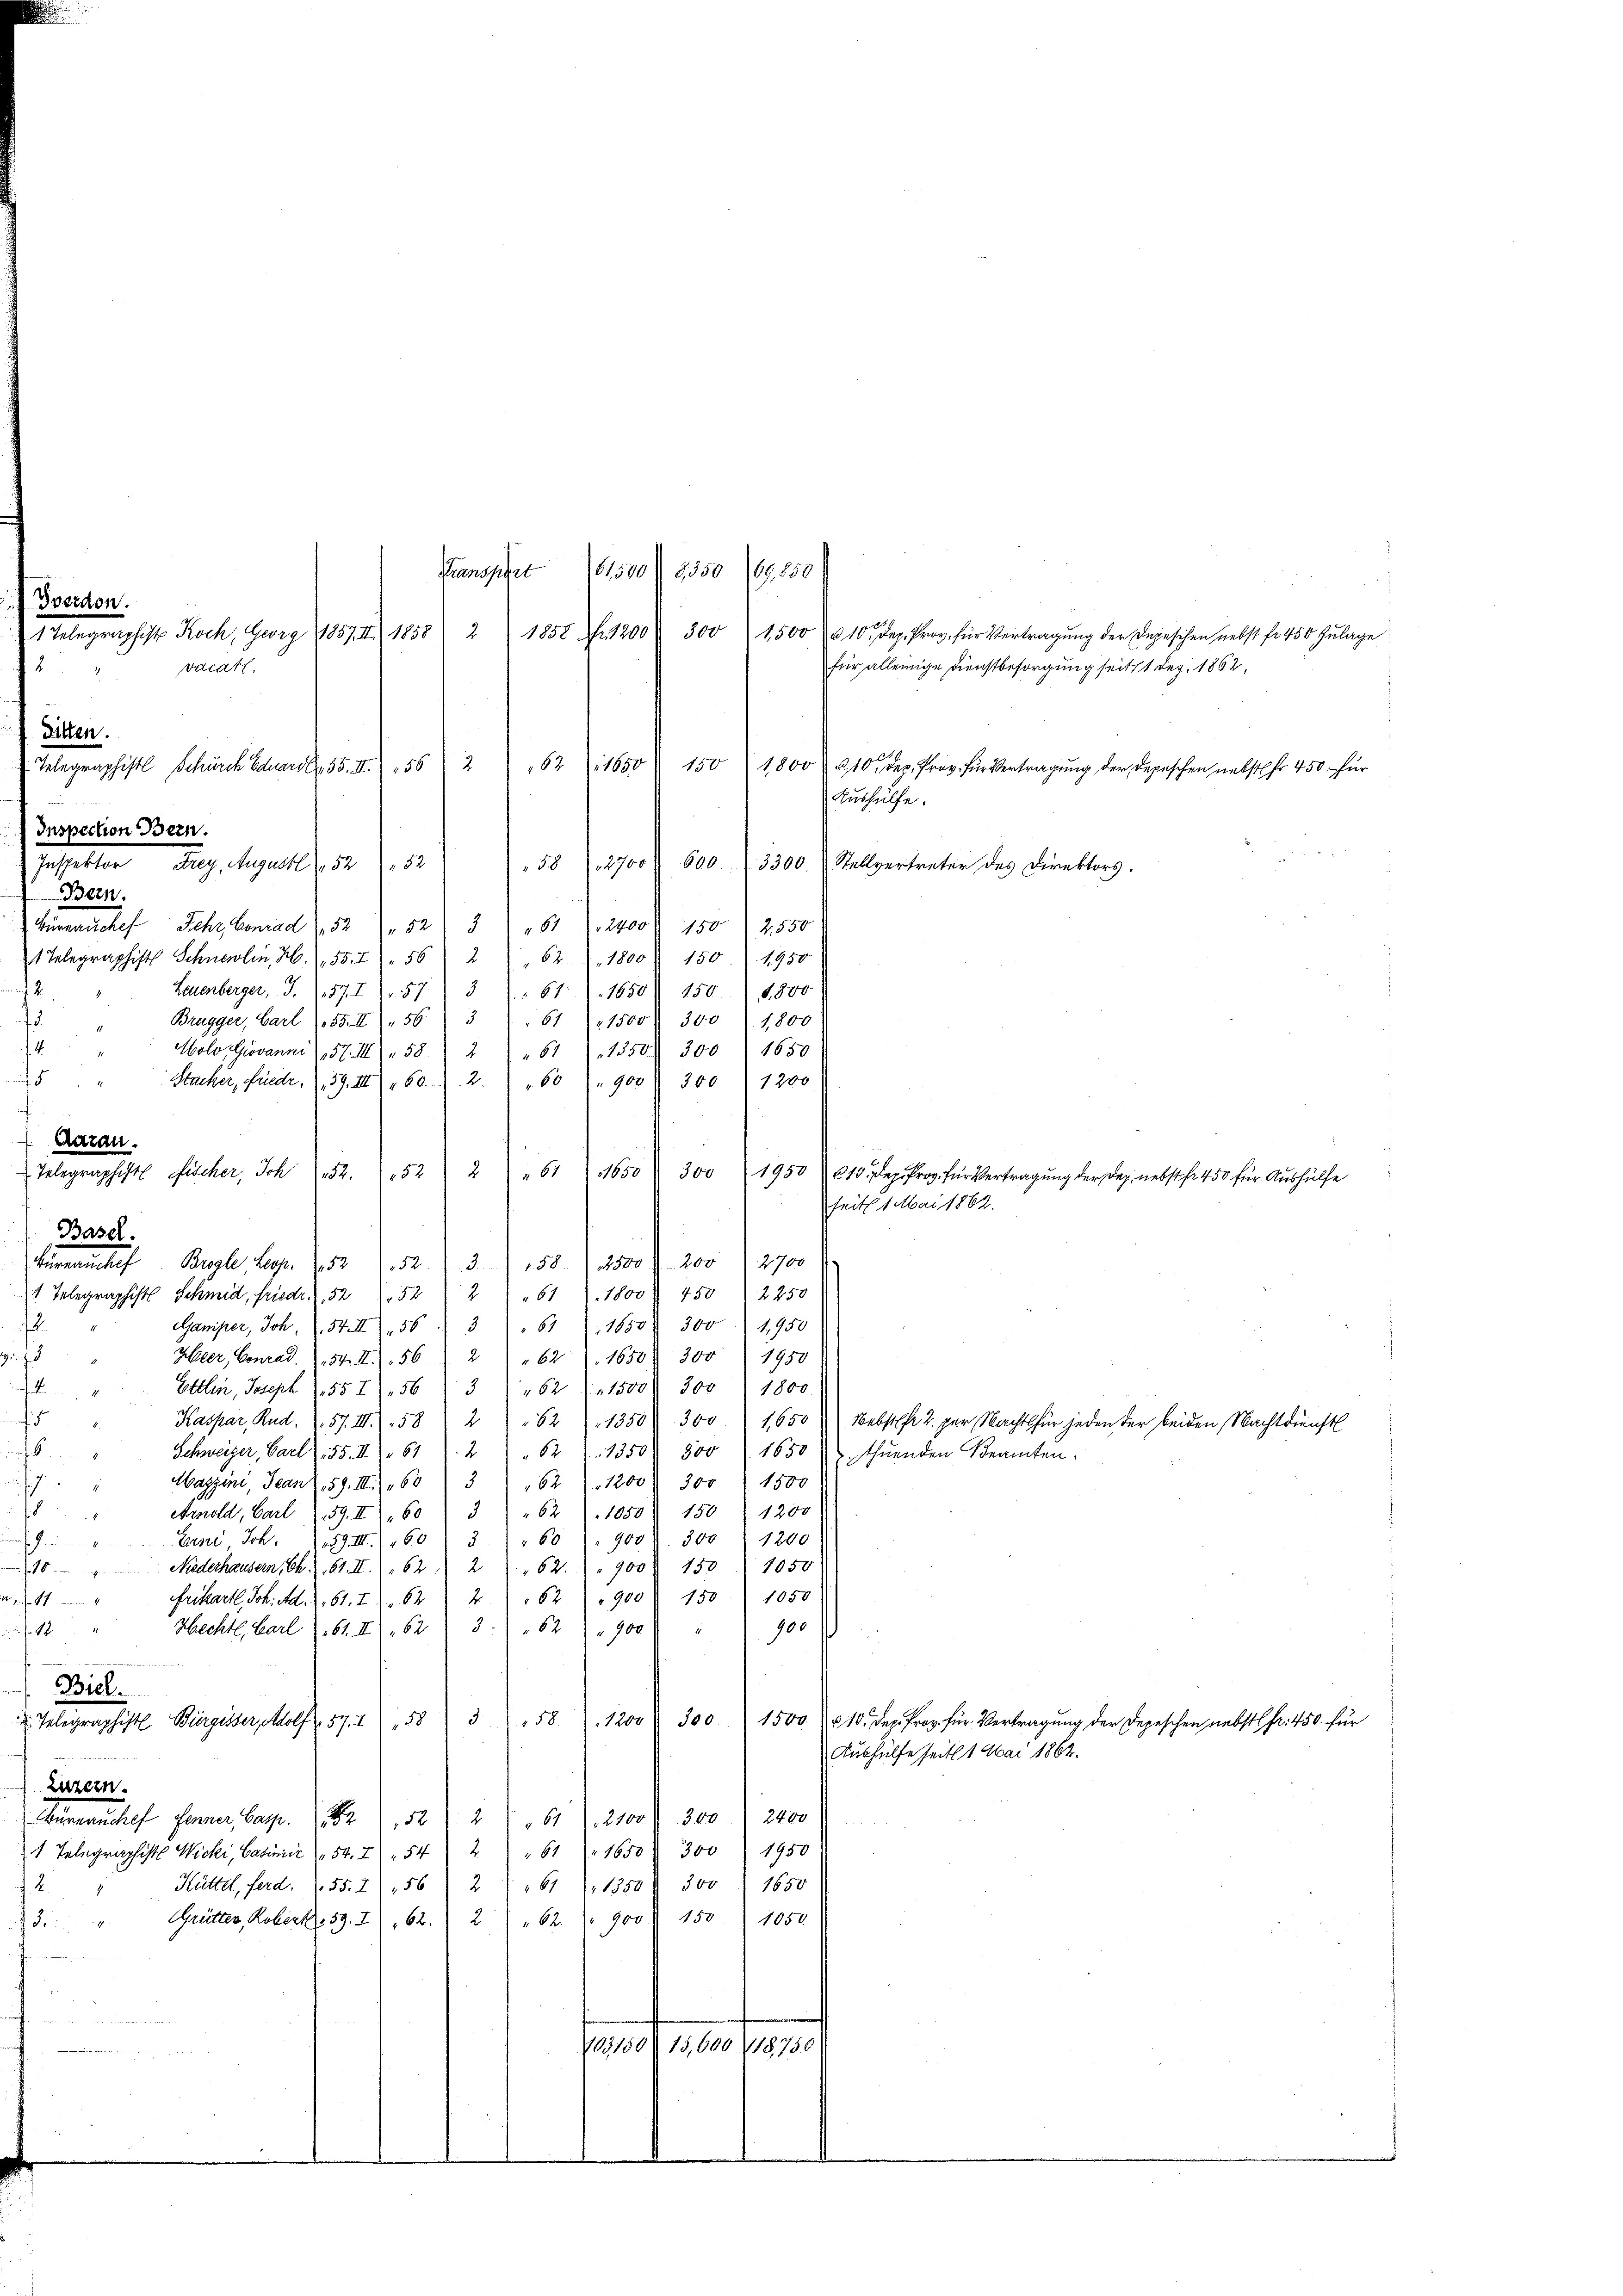
61,500/2350. 169,850)
Stranspart
1 Telegraphist Koch, Georg 1857. II 1858) 2) 1858 fr. 1200 " 300 1500 – 10. Dez. Prov. für Vertragŭng der Depeschen nebst fr. 450 Zŭlage
für alleinige Dienstbesorgung seitst Dez. 1862,
vacat.
2
Ditten.
150
62 n 1650
Telegraphist Schürch Eduardl. 55. II. 1562
1800 f 10 der Prov. für Vertragung der Depeschen nebst fr 450 für
Aushülfe.
u
Inspection Bern.
Inspektor Frey, Augustl, 5252
600 3300. Stellvertreter des Direktors.
58 (12700
Bern.
e
Büreaŭche Sehr Conrad (52) " 52 3 " 61 f. 2400. 150 2550
1 Telegraphists Schneelin, H. (55. 756) 2 " 62. 1800. 150. 1950
Leuenberger, S. 157. I. 57) 3 " 61) 1650 150. 1,800
12.
Bragger, Carl 155. II 56 3 " 61 (11500. 300 " 1,800
3
14
Molo Giovanne (157. III 58) 2) " 61 (1350. 300 1650
a
Stacker, Friedr. 159. III 160. 1. 2.
" 900 f 300 1200
60
Caran.
 Telegraphist Fischer, Joh 52. 522
Basel.
158. 2500 f 200 (12700
Fürnaŭchef. Brogle, Leop. 5252. 3.
2 " 61 1800. 450  2250
1 Telegraphist Schmid, Friedr. 252 52
Gamper, Joh. (54. II 156. 361 (1650/ 300  1950
7
d. et
Heer, Conrad. 154. II., 56 12 " " 62 (16508. 300. 1950
Ettlin, Joseph 557. 563 (62 (1300), 300 " 1800.
Kaspar, Rud. 257. III 58 " 2 " 62 1350) 300. 1650 Nebster 2. per Nachtl für jeden der beiden Nachtdienst
Schweizer, Bart. 55. II 61. 282 (1350. 800  1650 u Ihnenden Beamten.
Maggini, Jean 59. III 1603 (62) " 1200) 300 1500
362) 1050) 150 f 1200
Arnold, Carl 159. II 60
"60 " 900 d. 300 (1200
Juni Joh. 159. III 160
3
s
Niederhausern, Ch. S. 61. II., 62. 262. " " 900 f 150. 1050
Frkart Joh. Al. 2, 61. 262) 2) 162. 900 f 150. 1050
. f. 11.
900
Hechtl, Carl (161. II 623. " 62) " 900 "
f. 12
Biel.
 Telegraphiste Bürgisser, Adolf 57. 158) 3 158. 1200 f 300
1500. 10. Dez. Proz. für Vertragung der Depeschen nebst fr. 450. für
Aushülfe seit 1 Mai 1862.

Luzern.
 61), 2100 f 300. 2400
Wurnauchef Jenner, Casp. 252
1. Telegraphist Wicki, Basilie (54. 2) " 542 " " 61 (1650 r. 300) 1950
Küttel, Ferd. (55. 2) 156 (2 61 (1350 f 300) 1650
2
Grütter, Robert. 59. 21, 62. 2) " 62. 900 f 150. 1050
12
Sanat 1. der 1910.
n

(Bverdon.

"61650 " 300 (1950 10. Dez. Proz. für Vertragŭng der Dep. nebst fr. 450 für Aŭshülfe
seits 1 Mai 1862.